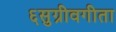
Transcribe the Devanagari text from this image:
६सुग्रीवगीता